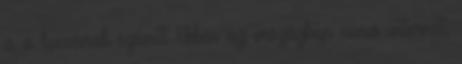
is a luxusnak számít Ebben az országban nincs internet,